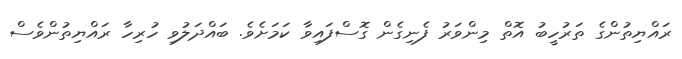
ރައްޔިތުންގެ ތަރުހީބު އޮތް މިންވަރު ފެނިގެން ގޮސްފައިވާ ކަމަށެވެ. ބައްދަލުވި ހުރިހާ ރައްޔިތުންވެސް